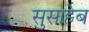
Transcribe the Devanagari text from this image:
सुसाहेब